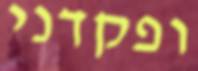
ופקדני